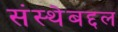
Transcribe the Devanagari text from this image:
संस्थेबद्दल